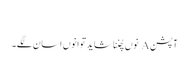
‏
آپشن A نوں چُننا شاید توانوں اسان لگے۔